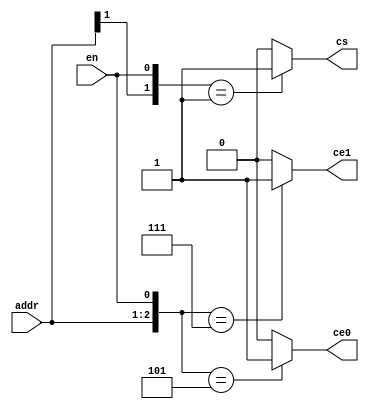
module decoder_example(ce0, ce1, cs, en, addr);
   output ce0, ce1, cs;
   input  en;
   input [31:30] addr;
   reg 	  ce0, ce1, cs;

   // note: a casex here could cause a problem
   // e.g., if en = x, we'll match one of the cases
   // also, if high bit of address is X, we'll match into one of the ce cases

   // note: if we were to use a full_case directive here,
   // en would be optimized away and left as a dangling input
   always @ (addr or en) begin
      {ce0, ce1, cs} = 3'b0;
      casez ({addr, en})
	3'b101: ce0 = 1'b1;
	3'b111: ce1 = 1'b1;
	3'b0?1: cs  = 1'b1;
      endcase
   end
endmodule